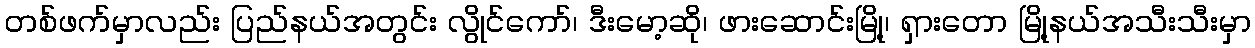
တစ်ဖက်မှာလည်း ပြည်နယ်အတွင်း လွိုင်ကော်၊ ဒီးမော့ဆို၊ ဖားဆောင်းမြို့၊ ရှားတော မြို့နယ်အသီးသီးမှာ